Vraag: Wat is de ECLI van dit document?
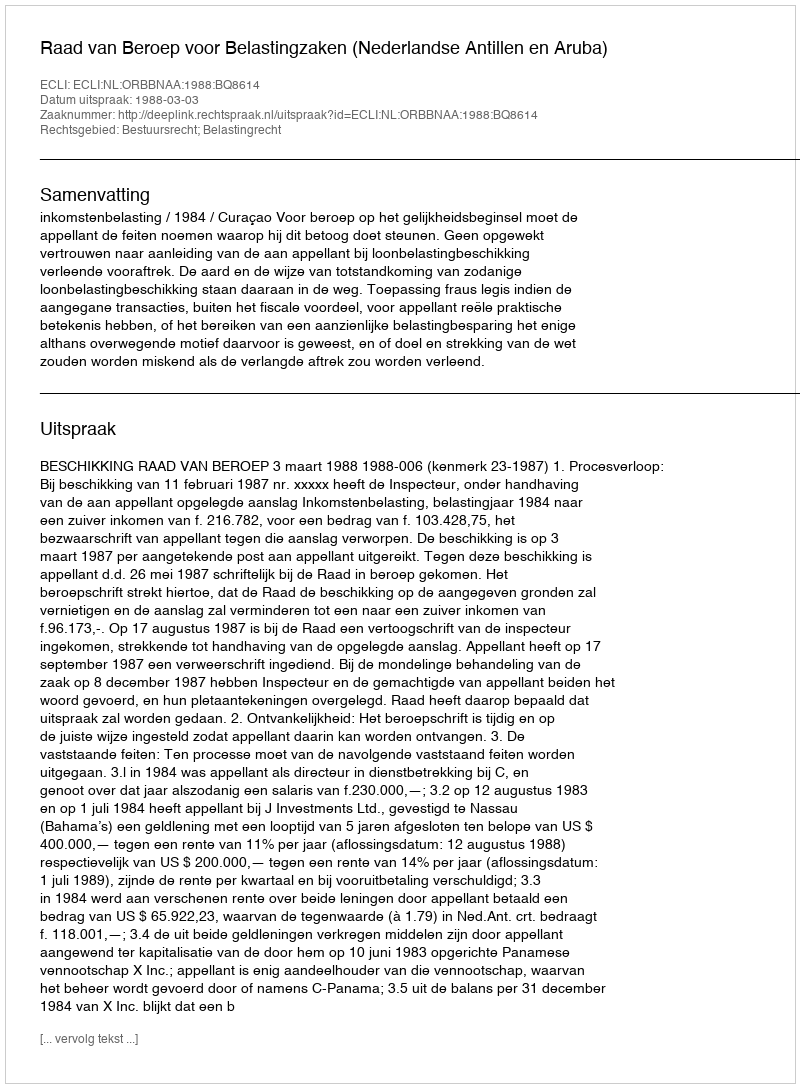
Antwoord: ECLI:NL:ORBBNAA:1988:BQ8614